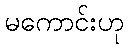
မကောင်းဟု